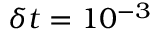
\delta t = 1 0 ^ { - 3 }